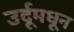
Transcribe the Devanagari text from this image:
उर्दूमधून